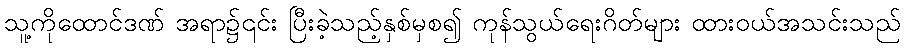
သူ့ကိုထောင်ဒဏ် အရာ၌၎င်း ပြီးခဲ့သည့်နှစ်မှစ၍ ကုန်သွယ်ရေးဂိတ်များ ထားဝယ်အသင်းသည်